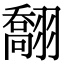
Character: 䎗